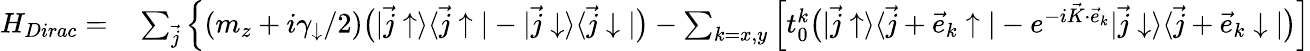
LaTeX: \begin{array}{rl}{H_{Dirac}=}&{{}\sum_{\vec{j}}\Big\{ (m_{z}+i\gamma_{\downarrow}/2)\bigr(|\vec{j}\uparrow\rangle\langle\vec{j}\uparrow|-|\vec{j}\downarrow\rangle\langle\vec{j}\downarrow|\bigr)-\sum_{k=x,y}\Big[t_{0}^{k}\bigr(|\vec{j}\uparrow\rangle\langle\vec{j}+\vec{e}_{k}\uparrow|-e^{-i\vec{K}\cdot\vec{e}_{k}}|\vec{j}\downarrow\rangle\langle\vec{j}+\vec{e}_{k}\downarrow|\bigr)\Big]}\end{array}